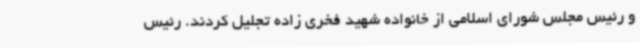
و رئیس مجلس شورای اسلامی از خانواده شهید فخری زاده تجلیل کردند. رئیس